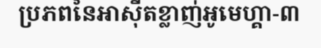
ប្រភពនៃអាស៊ីតខ្លាញ់អូមេហ្គា-៣